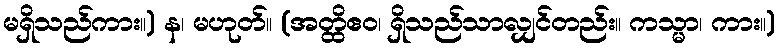
မရှိသည်ကား။) န၊ မဟုတ်။ (အတ္ထိဧဝ၊ ရှိသည်သာလျှင်တည်း။ ကသ္မာ၊ ကား။)